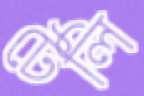
টেলি